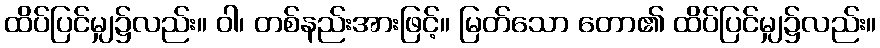
ထိပ်ပြင်မျှ၌လည်း။ ဝါ၊ တစ်နည်းအားဖြင့်။ မြတ်သော တော၏ ထိပ်ပြင်မျှ၌လည်း။